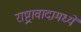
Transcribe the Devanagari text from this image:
राष्ट्रावादामध्ये